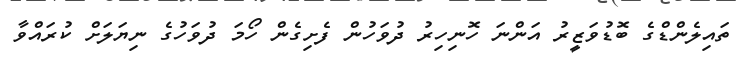
ތައިލެންޑްގެ ބޮޑުވަޒީރު އަންނަ ހޮނިހިރު ދުވަހުން ފެށިގެން ހޯމަ ދުވަހުގެ ނިޔަލަށް ކުރައްވާ